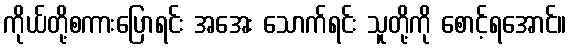
ကိုယ်တို့စကားပြောရင်း အအေး သောက်ရင်း သူတို့ကို စောင့်ရအောင်။